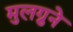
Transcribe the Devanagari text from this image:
मुलग्रुने